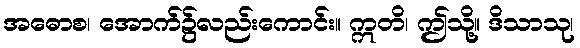
အဓောစ၊ အောက်၌လည်းကောင်း။ ဣတိ၊ ဤသို့။ ဒိသာသု၊